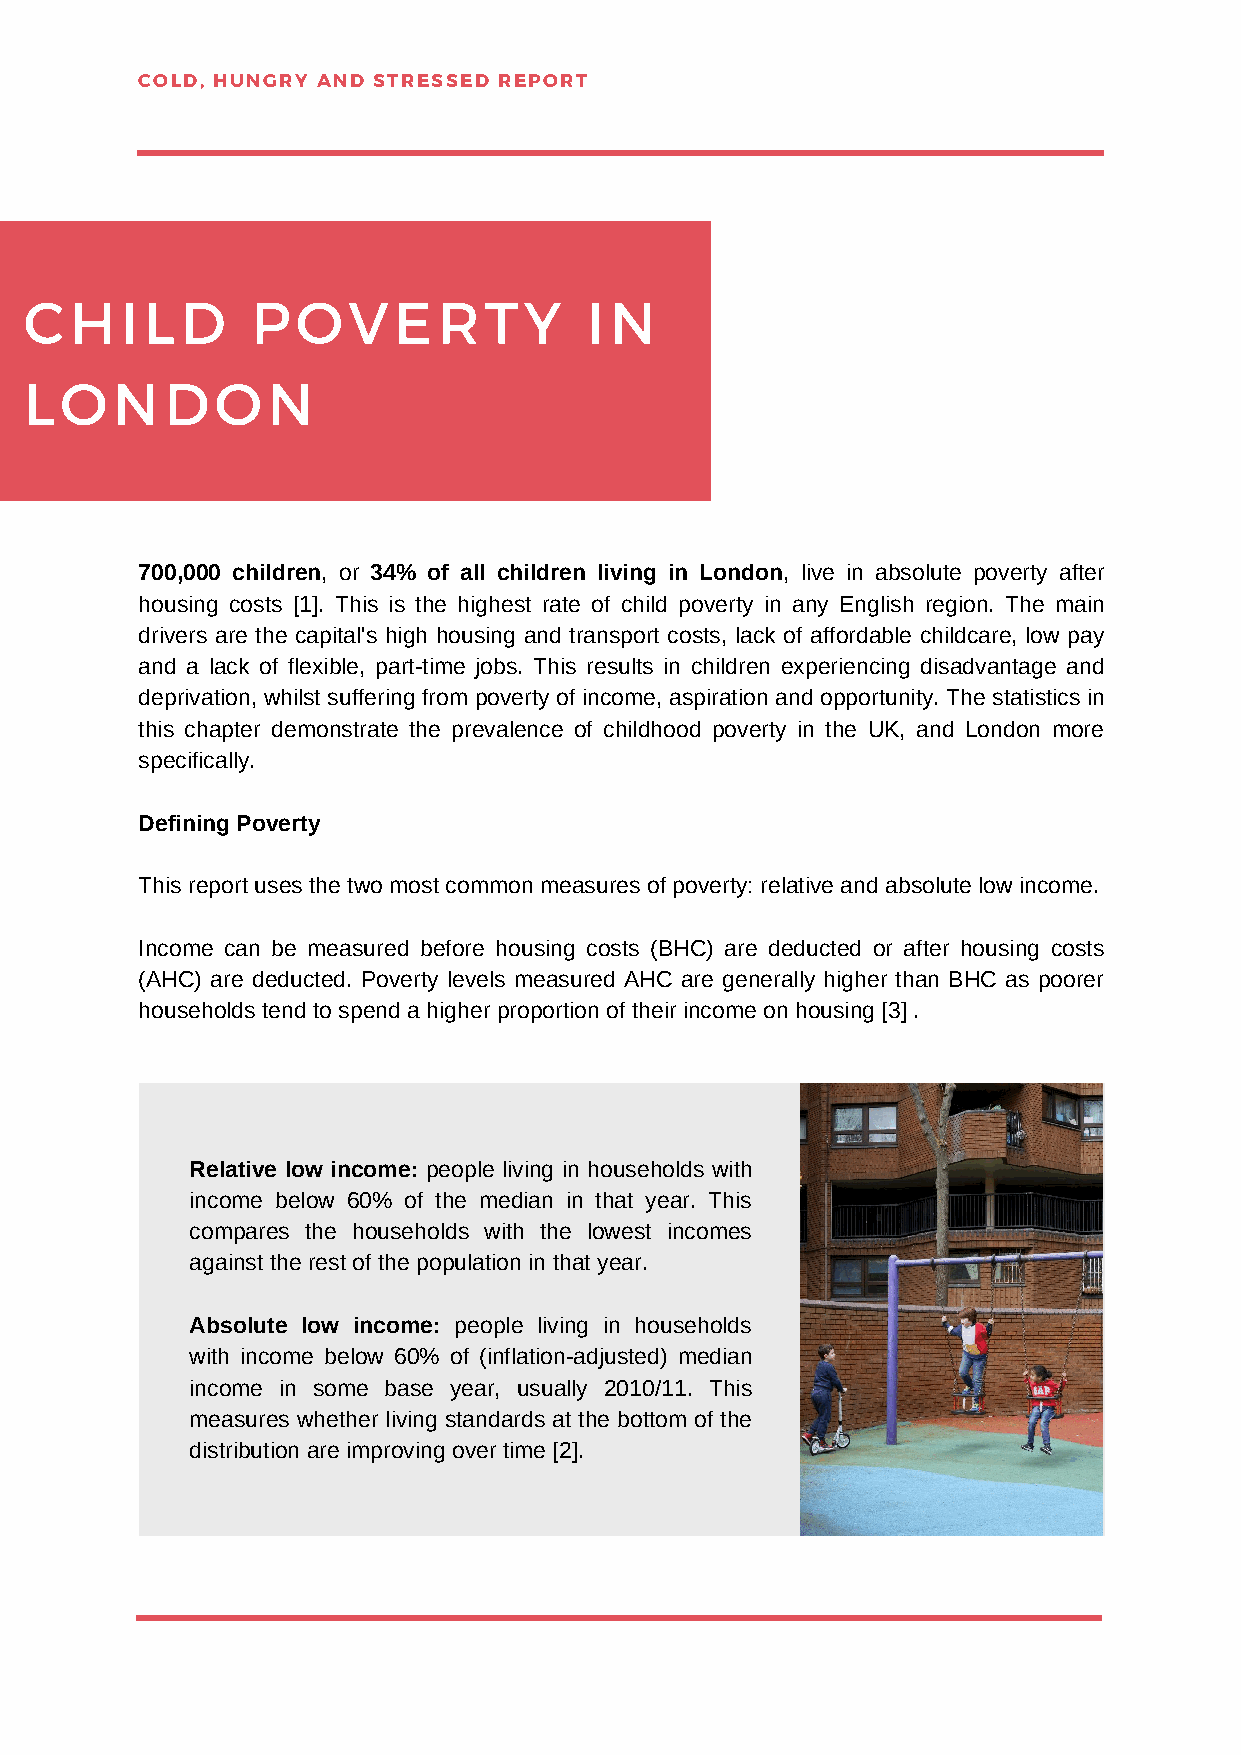
COLD, HUNGRY AND STRESSED REPORT
 CHILD          POVERTY               IN
 LONDON
 700,000 children, or 34% of all children living in London, live in absolute poverty after
 housing costs [1]. This is the highest rate of child poverty in any English region. The main
 drivers are the capital's high housing and transport costs, lack of affordable childcare, low pay
 and a lack of flexible, part-time jobs. This results in children experiencing disadvantage and
 deprivation, whilst suffering from poverty of income, aspiration and opportunity. The statistics in
 this chapter demonstrate the prevalence of childhood poverty in the UK, and London more
 specifically.
 Defining Poverty
 This report uses the two most common measures of poverty: relative and absolute low income.
 Income can be measured before housing costs (BHC) are deducted or after housing costs
 (AHC) are deducted. Poverty levels measured AHC are generally higher than BHC as poorer
 households tend to spend a higher proportion of their income on housing [3] .
 Relative low income: people living in households with
 income below 60% of the median in that year. This
 compares the households with the lowest incomes
 against the rest of the population in that year.
 Absolute low income: people living in households
 with income below 60% of (inflation-adjusted) median
 income in some base year, usually 2010/11. This
 measures whether living standards at the bottom of the
 distribution are improving over time [2].